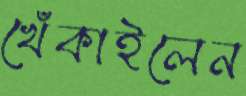
খেঁকাইলেন